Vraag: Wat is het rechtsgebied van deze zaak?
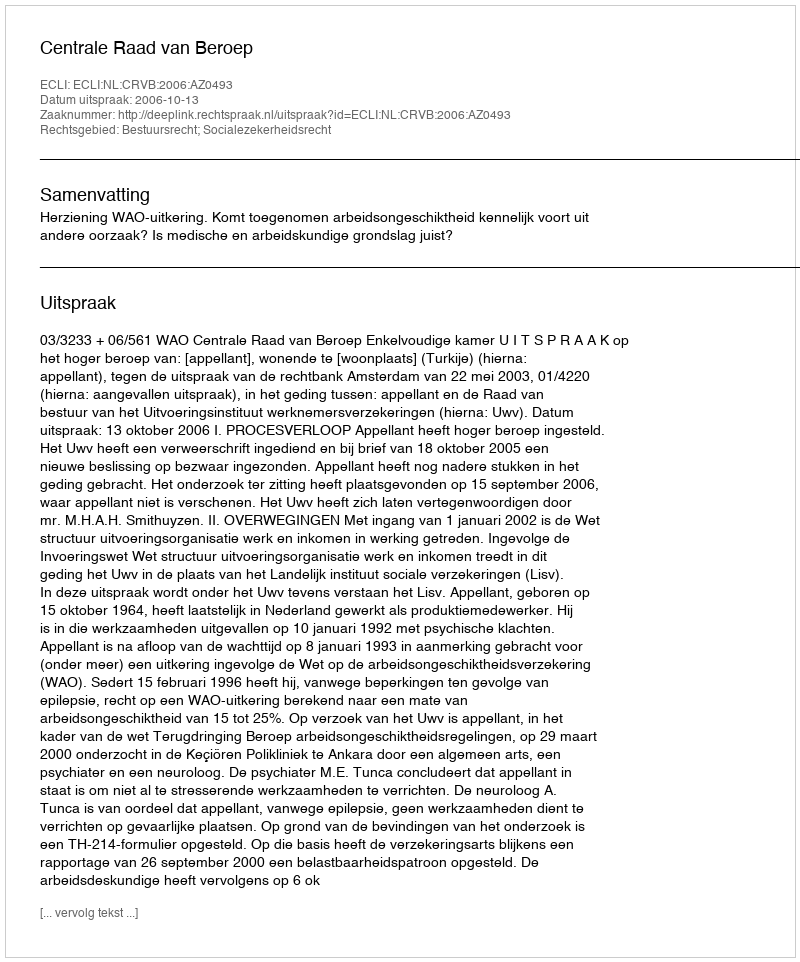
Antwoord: Bestuursrecht; Socialezekerheidsrecht